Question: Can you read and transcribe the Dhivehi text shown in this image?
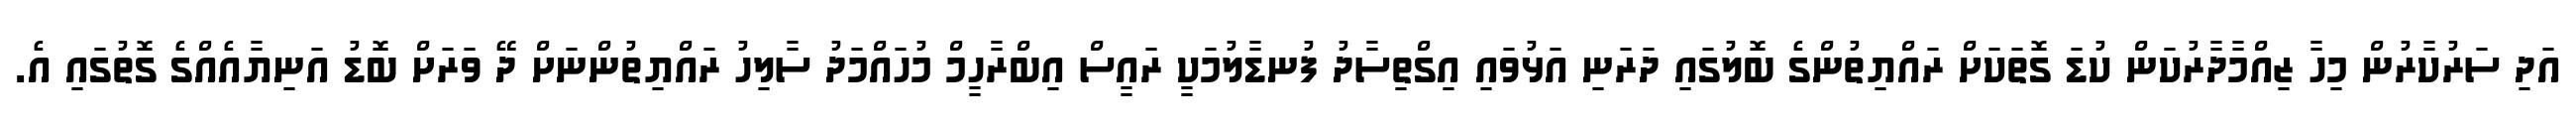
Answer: އަދި ސަރުކާރުން މިހާ ޒިއްމާދާރުކަން ކުޑަ ގޮތަކަށް ރައްޔިތުންގެ ބޮލުގައި ދަރަނި އަޅުވައި އިގްތިސާދު ފުނޑާލުމަކީ ރައީސް އިބްރާހީމް މުހައްމަދު ސާލިހު ރައްޔިތުންނަށް ދޭ ވަރަށް ބޮޑު އަނިޔާއެއްގެ ގޮތުގައި އެ.